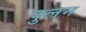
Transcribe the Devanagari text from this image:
पुलन